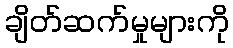
ချိတ်ဆက်မှုများကို